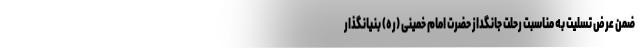
ضمن عرض تسلیت به مناسبت رحلت جانگداز حضرت امام خمینی (ره) بنیانگذار